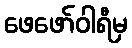
ဖေဖော်ဝါရီမှ